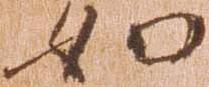
如